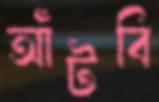
আঁটবি